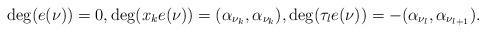
LaTeX: \begin{align*}\deg(e(\nu))=0, \deg(x_k e(\nu))=(\alpha_{\nu_k},\alpha_{\nu_k}), \deg(\tau_le(\nu))=-(\alpha_{\nu_l},\alpha_{\nu_{l+1}}).\end{align*}